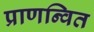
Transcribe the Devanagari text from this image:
प्राणन्वित